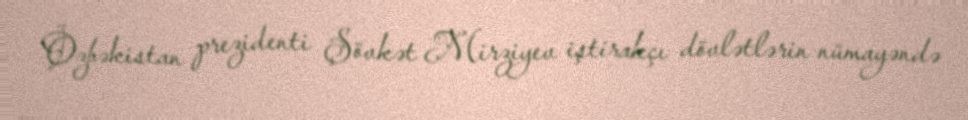
Özbəkistan prezidenti Şövkət Mirziyev iştirakçı dövlətlərin nümayəndə